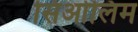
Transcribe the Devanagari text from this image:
सिओलिम